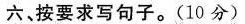
六、按要求写句子。(10分)